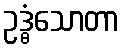
ဥဒ္ဓံသောတာ